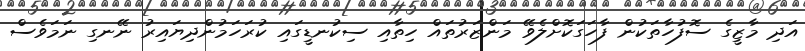
އަދި މާޒީގެ ސޮފުހާތަކުން ފާހަގަކޮށްލެވޭ މަންޒަރުތައް ހިތާއި ސިކުނޑީގައި ކުރަހަމުންދިޔައިރު ނޭނގި ނަމަވެސް